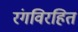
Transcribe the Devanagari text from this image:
रंगविरहित